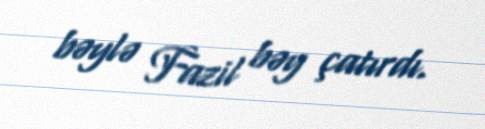
bəylə Fazil bəy çatırdı.